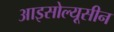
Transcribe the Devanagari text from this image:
आइसोल्यूसीन